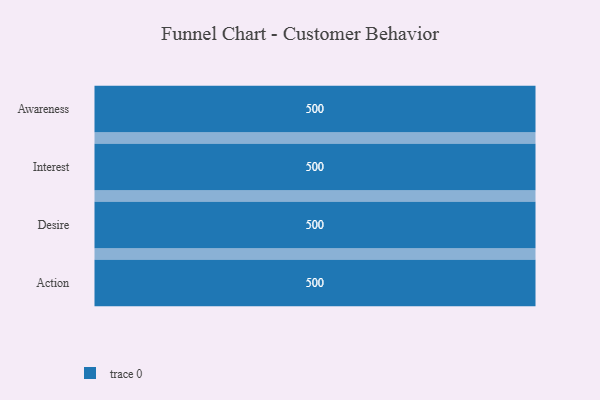
{"axis": {"x": "Stage", "y": "Value"}, "legend": [""], "data": [{"x": "Awareness", "y": 500, "type": ""}, {"x": "Interest", "y": 500, "type": ""}, {"x": "Desire", "y": 500, "type": ""}, {"x": "Action", "y": 500, "type": ""}]}